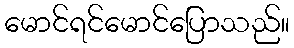
မောင်ရင်မောင်ပြောသည်။